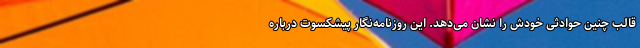
قالب چنین حوادثی خودش را نشان می‌دهد. این روزنامه‌نگار پیشکسوت درباره